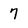
Character: 7